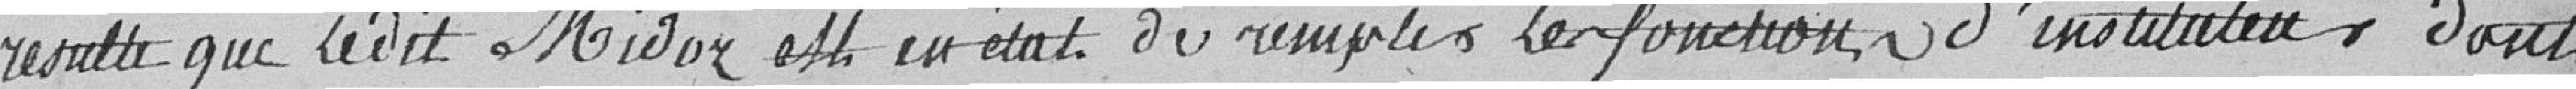
résulte que ledit Midoz est en état de remplir ses fonctions d'instituteur , dont